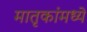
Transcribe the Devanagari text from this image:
मातृकांमध्ये